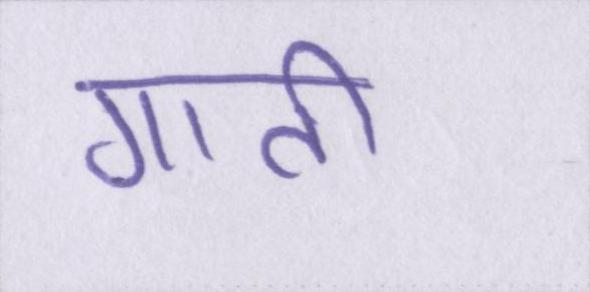
गाती